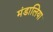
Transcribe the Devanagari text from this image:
मंडालिया